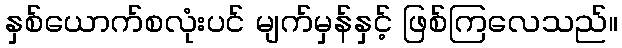
နှစ်ယောက်စလုံးပင် မျက်မှန်နှင့် ဖြစ်ကြလေသည်။